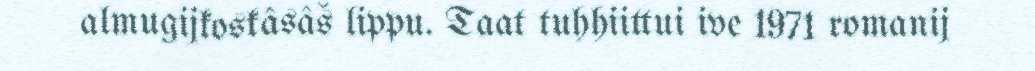
almugijkoskâsâš lippu. Taat tuhhiittui ive 1971 romanij